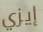
إيزي